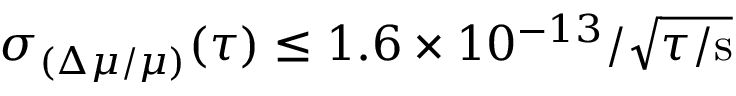
\sigma _ { ( \Delta \mu / \mu ) } ( \tau ) \le 1 . 6 \times 1 0 ^ { - 1 3 } / \sqrt { \tau / \mathrm { s } }